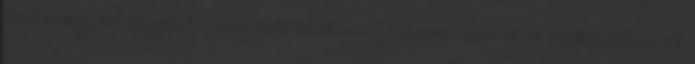
terhesség: az anyai és magzati kockázat felismerésének és csökkentésének